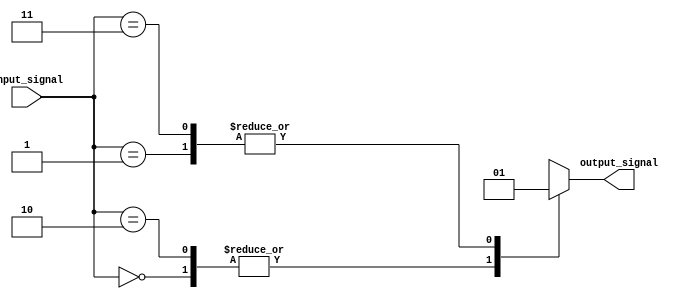
module parallel_case_statement (
    input  wire [2:0]   input_signal,
    output reg         output_signal
);

always @(*) begin
    case(input_signal)
        3'b000: begin
            // Code block for case value 000
            output_signal = 1'b0;
        end
        3'b001: begin
            // Code block for case value 001
            output_signal = 1'b1;
        end
        3'b010: begin
            // Code block for case value 010
            output_signal = 1'b0;
        end
        3'b011: begin
            // Code block for case value 011
            output_signal = 1'b1;
        end
        default: begin
            // Default case block
            output_signal = 1'bx; // or assign a default value
        end
    endcase
end

endmodule